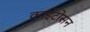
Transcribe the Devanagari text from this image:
काईटोसन